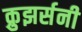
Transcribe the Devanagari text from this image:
क्रुझर्सनी